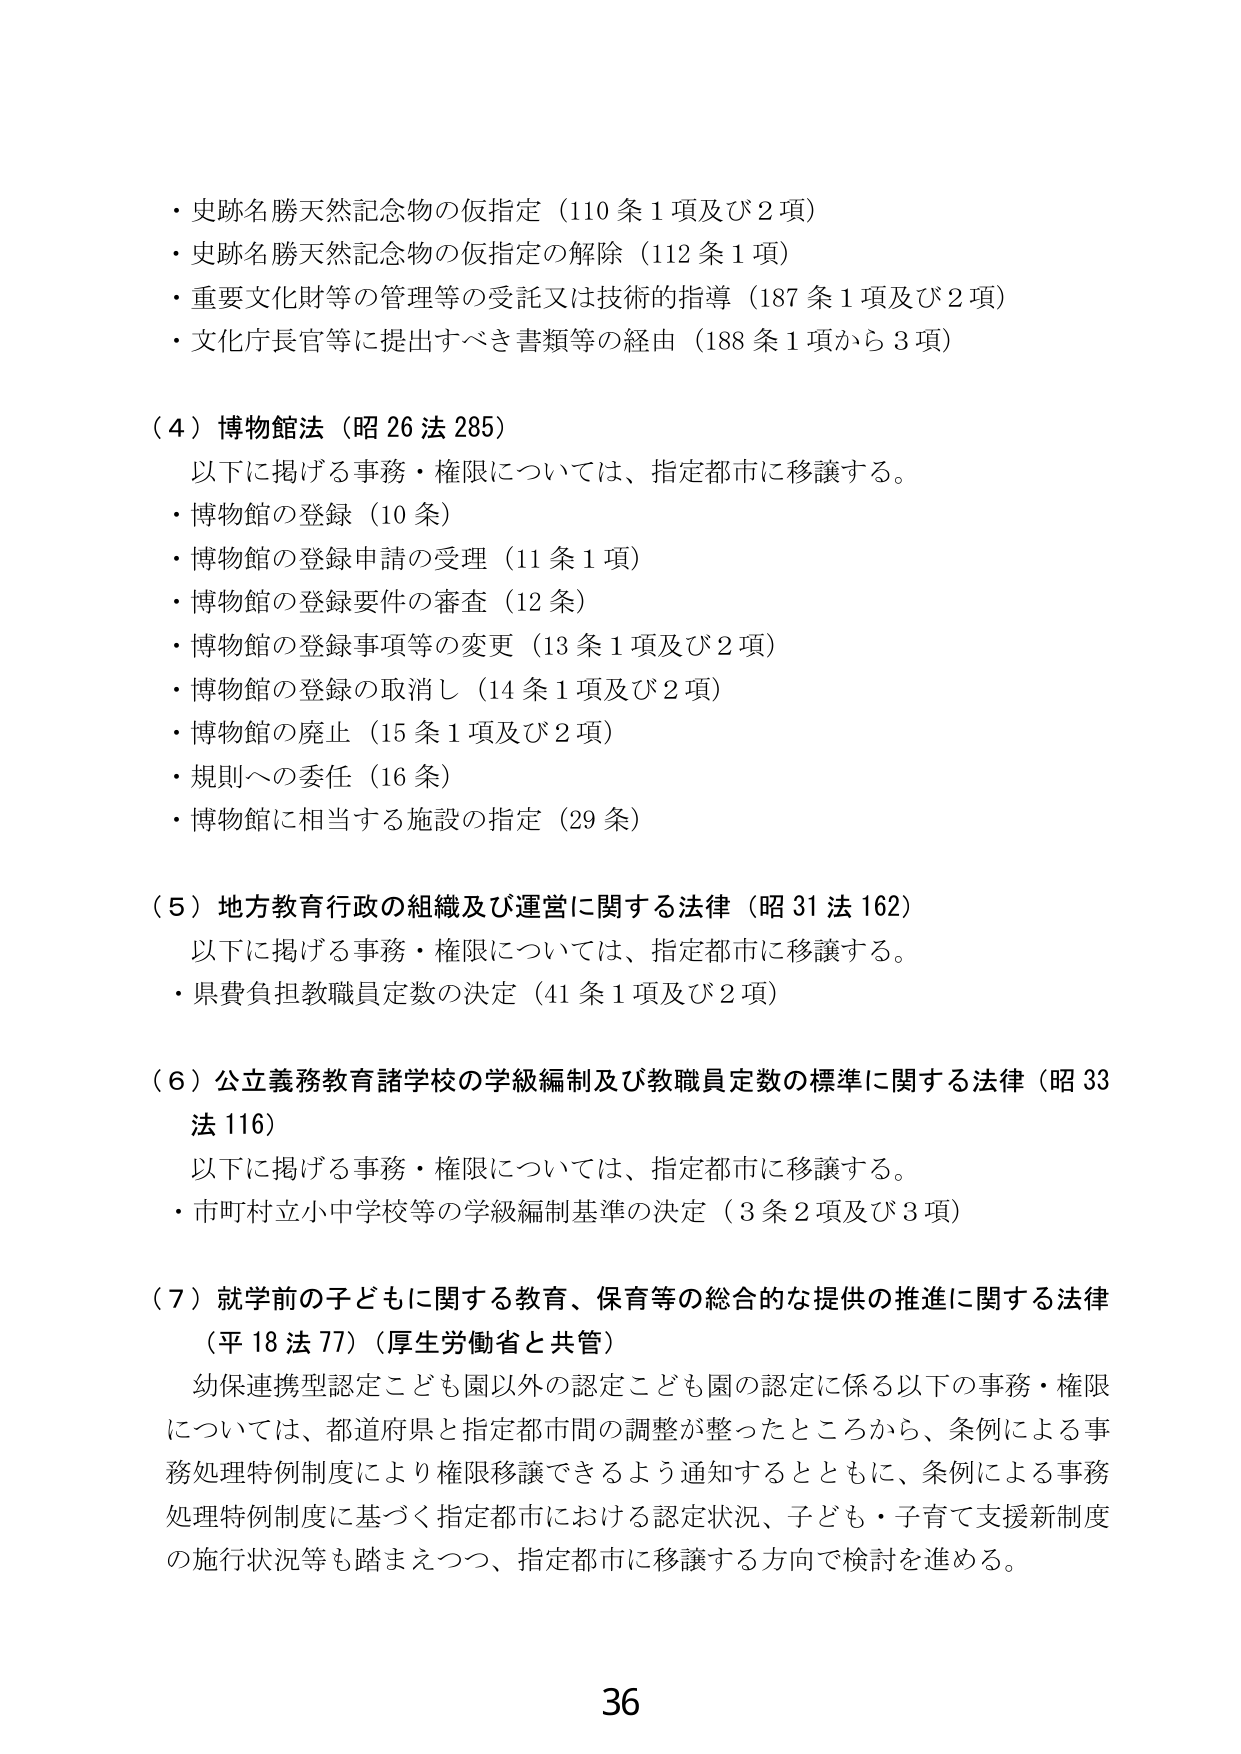
・史跡名勝天然記念物の仮指定（110条1項及び2項）
・史跡名勝天然記念物の仮指定の解除（112条1項）
・重要文化財等の管理等の受託又は技術的指導（187条1項及び2項）
・文化庁長官等に提出すべき書類等の経由（188条1項から3項）

（4）博物館法（昭26法285）
　以下に掲げる事務・権限については、指定都市に移譲する。
・博物館の登録（10条）
・博物館の登録申請の受理（11条1項）
・博物館の登録要件の審査（12条）
・博物館の登録事項等の変更（13条1項及び2項）
・博物館の登録の取消し（14条1項及び2項）
・博物館の廃止（15条1項及び2項）
・規則への委任（16条）
・博物館に相当する施設の指定（29条）

（5）地方教育行政の組織及び運営に関する法律（昭31法162）
　以下に掲げる事務・権限については、指定都市に移譲する。
・県費負担教職員定数の決定（41条1項及び2項）

（6）公立義務教育諸学校の学級編制及び教職員定数の標準に関する法律（昭33法116）
　以下に掲げる事務・権限については、指定都市に移譲する。
・市町村立小中学校等の学級編制基準の決定（3条2項及び3項）

（7）就学前の子どもに関する教育、保育等の総合的な提供の推進に関する法律（平18法77）（厚生労働省と共管）
　幼保連携型認定こども園以外の認定こども園の認定に係る以下の事務・権限については、都道府県と指定都市間の調整が整ったところから、条例による事務処理特例制度により権限移譲できるよう通知するとともに、条例による事務処理特例制度に基づく指定都市における認定状況、子ども・子育て支援新制度の施行状況等も踏まえつつ、指定都市に移譲する方向で検討を進める。

36